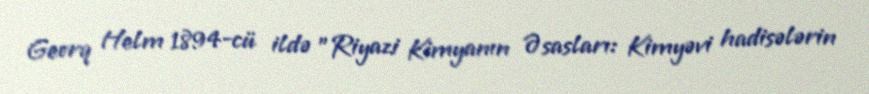
Georq Helm 1894-cü ildə "Riyazi Kimyanın Əsasları: Kimyəvi hadisələrin